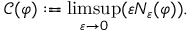
\mathcal { C } ( \varphi ) : = \operatorname* { l i m s u p } _ { \varepsilon \to 0 } ( \varepsilon N _ { \varepsilon } ( \varphi ) ) .